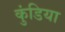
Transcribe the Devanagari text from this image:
कुंडिया